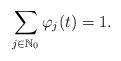
LaTeX: \begin{align*}\sum_{j\in \mathbb{N}_0} \varphi_j(t) = 1.\end{align*}